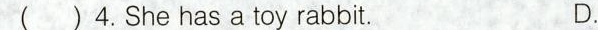
( )4.She has a toy rabbit. D.